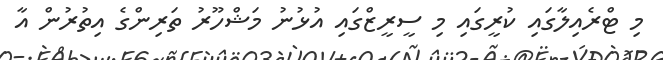
މި ޓްރެއިލާގައި ކުރީގައި މި ސީރީޒްގައި އުޅުނު މަޝްހޫރު ތަރިންގެ އިތުރުން އާ